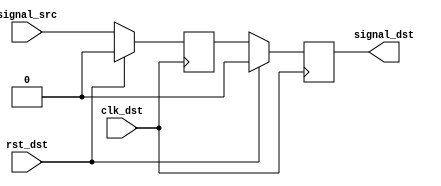
//-----------------------------------------------------------------------------
//  
// MIT License
// Copyright (c) 2022 Advanced Micro Devices, Inc. All rights reserved.
//
// Permission is hereby granted, free of charge, to any person obtaining a copy
// of this software and associated documentation files (the "Software"), to deal
// in the Software without restriction, including without limitation the rights
// to use, copy, modify, merge, publish, distribute, sublicense, and/or sell
// copies of the Software, and to permit persons to whom the Software is
// furnished to do so, subject to the following conditions:
//
// The above copyright notice and this permission notice shall be included in all
// copies or substantial portions of the Software.
//
// THE SOFTWARE IS PROVIDED "AS IS", WITHOUT WARRANTY OF ANY KIND, EXPRESS OR
// IMPLIED, INCLUDING BUT NOT LIMITED TO THE WARRANTIES OF MERCHANTABILITY,
// FITNESS FOR A PARTICULAR PURPOSE AND NONINFRINGEMENT. IN NO EVENT SHALL THE
// AUTHORS OR COPYRIGHT HOLDERS BE LIABLE FOR ANY CLAIM, DAMAGES OR OTHER
// LIABILITY, WHETHER IN AN ACTION OF CONTRACT, TORT OR OTHERWISE, ARISING FROM,
// OUT OF OR IN CONNECTION WITH THE SOFTWARE OR THE USE OR OTHER DEALINGS IN
// SOFTWARE.
//
//  Project  : Programmable Wave Generator
//  Module   : meta_harden.v
//  Parent   : Various
//  Children : None
//
//  Description: 
//    This is a basic meta-stability hardener; it double synchronizes an
//    asynchronous signal onto a new clock domain.
//
//  Parameters:
//    None
//
//  Notes       : 
//
//  Multicycle and False Paths, Timing Exceptions
//    A tighter timing constraint should be placed between the signal_meta
//    and signal_dst flip-flops to allow for meta-stability settling time
//

`timescale 1ns/1ps


module meta_harden (
  input            clk_dst,      // Destination clock
  input            rst_dst,      // Reset - synchronous to destination clock
  input            signal_src,   // Asynchronous signal to be synchronized
  output reg       signal_dst    // Synchronized signal
);


//***************************************************************************
// Register declarations
//***************************************************************************

  reg           signal_meta;     // After sampling the async signal, this has
                                 // a high probability of being metastable.
                                 // The second sampling (signal_dst) has
                                 // a much lower probability of being
                                 // metastable

//***************************************************************************
// Code
//***************************************************************************

  always @(posedge clk_dst)
  begin
    if (rst_dst)
    begin
      signal_meta <= 1'b0;
      signal_dst  <= 1'b0;
    end
    else // if !rst_dst
    begin
      signal_meta <= signal_src;
      signal_dst  <= signal_meta;
    end // if rst
  end // always

endmodule